Scientific memoirs by medical officers of the Army of India - Part XII,
Year: 1901
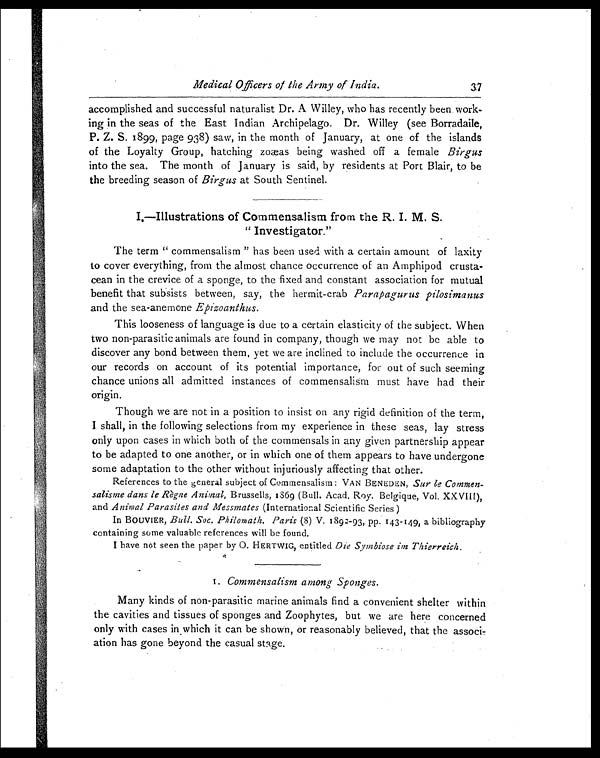
Medical Officers of the Army of India.
accomplished and successful naturalist Dr. A Willey, who has recently been work-
ing in the seas of the East Indian Archipelago. Dr. Willey (see Borradaile,
P. Z. S. 1899, page 938) saw, in the month of January, at one of the islands
of the Loyalty Group, hatching zo æas being washed off a female Birgus
into the sea. The month of January is said, by residents at Port Blair, to be
the breeding season of Birgus at South Sentinel.
I.—Illustrations of Commensalism from the R. I. M. S.
" Investigator."
The term " commensalism " has been used with a certain amount of laxity
to cover everything, from the almost chance occurrence of an Amphipod crusta-
cean in the crevice of a sponge, to the fixed and constant association for mutual
benefit that subsists between, say, the hermit-crab Parapagurus pilosimanus
and the sea-anemone Epizoanthus.
This looseness of language is due to a certain elasticity of the subject. When
two non-parasitic animals are found in company, though we may not be able to
discover any bond between them, yet we are inclined to include the occurrence in
our records on account of its potential importance, for out of such seeming
chance unions all admitted instances of commensalism must have had their
origin.
Though we are not in a position to insist on any rigid definition of the term,
I shall, in the following selections from my experience in these seas, lay stress
only upon cases in which both of the commensals in any given partnership appear
to be adapted to one another, or in which one of them appears to have undergone
some adaptation to the other without injuriously affecting that other.
References to the general subject of Commensalism: VAN BENEDEN, Sur le Commen
salisme dans le Règne Animal, B r u s s e l l s , 1 8 6 9 ( B u l l . A c a d . R o y . B e l g i q u e , V o l . X X V I I I ) ,
and Animal Parasites and Messmates (International Scientific Series )
In BOUVIER, Bull. Soc. Philomath. Paris (8) V. 1892-93, pp. 143-149, a bibliography
containing some valuable references will be found.
I have not seen the paper by O. HERTWIG, entitled Die Symbiose im Thierreich.
1. Commensalism among Sponges.
Many kinds of non-parasitic marine animals find a convenient shelter within
the cavities and tissues of sponges and Zoophytes, but we are here concerned
only with cases in which it can be shown, or reasonably believed, that the associ-
ation has gone beyond the casual stage.